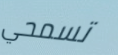
تسمحي